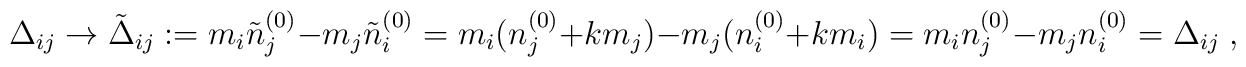
\Delta_{ij}\to\tilde  \Delta_{ij}:=m_i\tilde n^{(0)}_j-	m_j\tilde n^{(0)}_i=m_i(n^{(0)}_j+km_j)-m_j(n^{(0)}_i+km_i)	=m_in^{(0)}_j-m_jn^{(0)}_i=\Delta_{ij}\;,